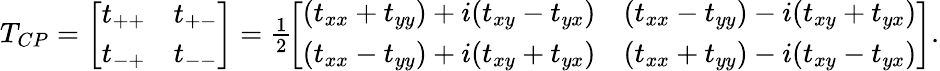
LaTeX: \begin{array}{r}{T_{CP}=\left[\begin{array}{cc}{t_{++}}&{t_{+-}}\\ {t_{-+}}&{t_{--}}\end{array}\right]=\frac{1}{2}\! \left[\begin{array}{cc}{(t_{xx}+t_{yy})+i(t_{xy}-t_{yx})}&{(t_{xx}-t_{yy})-i(t_{xy}+t_{yx})}\\ {(t_{xx}-t_{yy})+i(t_{xy}+t_{yx})}&{(t_{xx}+t_{yy})-i(t_{xy}-t_{yx})}\end{array}\right].}\end{array}